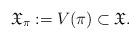
LaTeX: \begin{align*}\mathfrak X_\pi := V(\pi) \subset \mathfrak X.\end{align*}